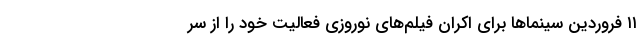
۱۱ فروردین سینما‌ها برای اکران فیلم‌های نوروزی فعالیت خود را از سر